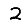
Digit: 2